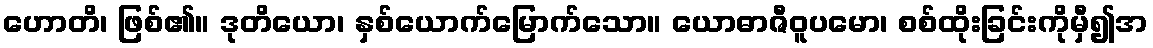
ဟောတိ၊ ဖြစ်၏။ ဒုတိယော၊ နှစ်ယောက်မြောက်သော။ ယောဓာဇီဝူပမော၊ စစ်ထိုးခြင်းကိုမှီ၍အ